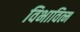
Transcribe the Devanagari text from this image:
विभावित्म